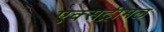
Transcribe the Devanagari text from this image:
एक्सट्रीमल